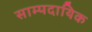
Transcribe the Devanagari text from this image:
साम्पदायिक